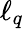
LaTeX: \ell_{q}